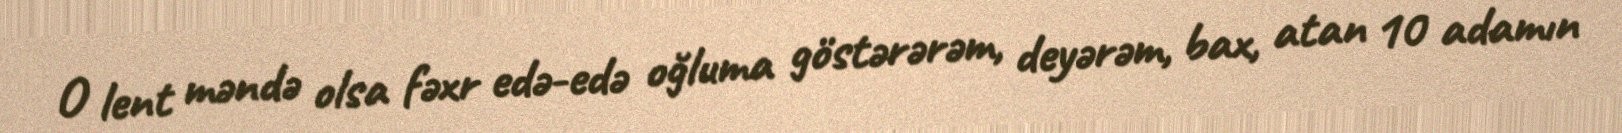
O lent məndə olsa fəxr edə-edə oğluma göstərərəm, deyərəm, bax, atan 10 adamın